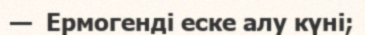
—  Ермогенді еске алу күні;